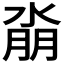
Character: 𰜆